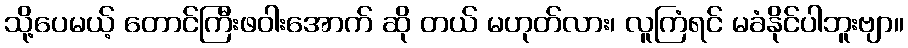
သို့ပေမယ့် တောင်ကြီးဖဝါးအောက် ဆို တယ် မဟုတ်လား၊ လူကြံရင် မခံနိုင်ပါဘူးဗျာ။